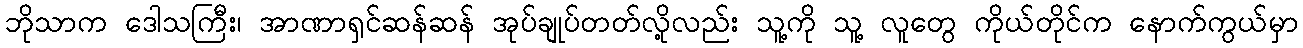
ဘိုသာက ဒေါသကြီး၊ အာဏာရှင်ဆန်ဆန် အုပ်ချုပ်တတ်လို့လည်း သူ့ကို သူ့ လူတွေ ကိုယ်တိုင်က နောက်ကွယ်မှာ